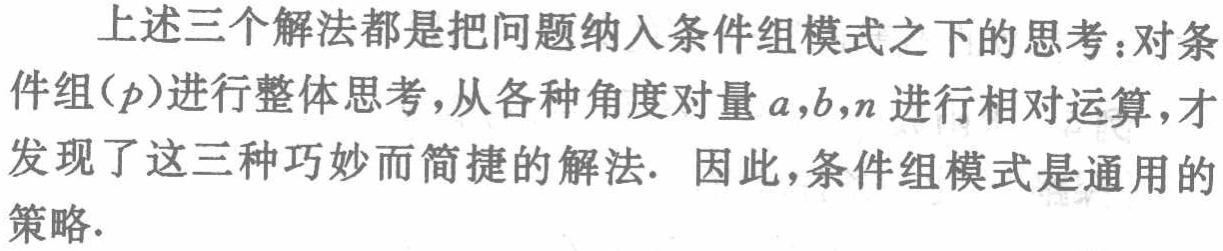
上述三个解法都是把问题纳入条件组模式之下的思考：对条件组\((p)\)进行整体思考，从各种角度对量\(a,b,n\)进行相对运算，才发现了这三种巧妙而简捷的解法. 因此，条件组模式是通用的策略.